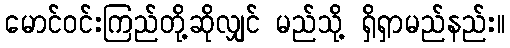
မောင်ဝင်းကြည်တို့ဆိုလျှင် မည်သို့ ရှိရှာမည်နည်း။